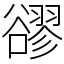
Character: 豂